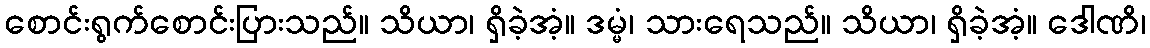
စောင်းရွက်စောင်းပြားသည်။ သိယာ၊ ရှိခဲ့အံ့။ ဒမ္မံ၊ သားရေသည်။ သိယာ၊ ရှိခဲ့အံ့။ ဒေါဏိ၊